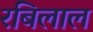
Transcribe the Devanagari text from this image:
रबिलाल